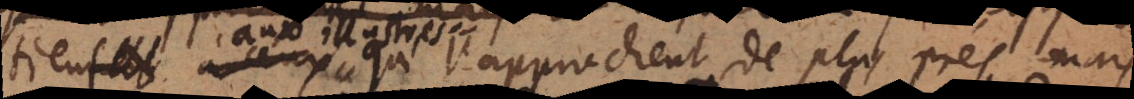
tres qui l’approchent de plus pres, mai